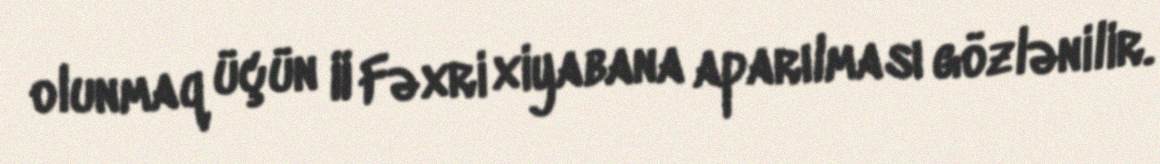
olunmaq üçün II Fəxri xiyabana aparılması gözlənilir.